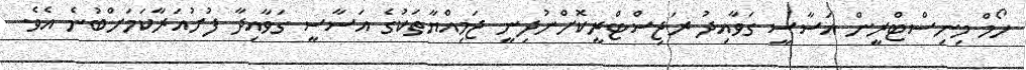
ހޯމް މިނިސްޓްރީން އަސާސީ ގަވާއިދު ރަޖިސްޓްރީކޮށްނުދިނީ ޖަމިއްޔާތަކުގެ އަސާސީ ގަވާއިދާ ފުށުއަރާކަމަށްބުނެ އެވެ.